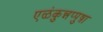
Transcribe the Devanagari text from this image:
एळंकुन्नप्पुष़ा